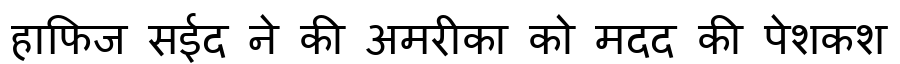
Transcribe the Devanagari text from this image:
हाफिज सईद ने की अमरीका को मदद की पेशकश